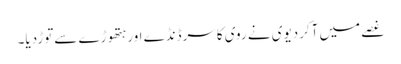
غصے میں آکردیوی نے روی کاسرڈنڈے اورہتھوڑے سےتوڑدیا۔